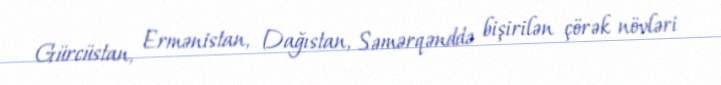
Gürcüstan, Ermənistan, Dağıstan, Səmərqənddə bişirilən çörək növləri